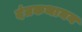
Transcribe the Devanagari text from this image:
दंतकथामय